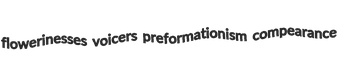
flowerinesses voicers preformationism compearance